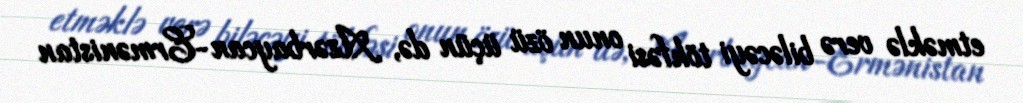
etməklə verə biləcəyi töhfəsi onun özü üçün də, Azərbaycan-Ermənistan